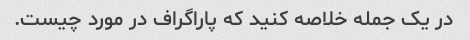
در یک جمله خلاصه کنید که پاراگراف در مورد چیست.